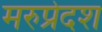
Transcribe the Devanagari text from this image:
मरुप्रेदश